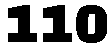
110